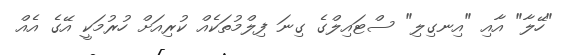
"ހޭލާ" އާއި "އިނގިލި" ސްޓައިލްގެ ގިނަ ފިލްމުތަކެއް ކުރިއަށް ހުރުމަކީ އޭގެ އެއް